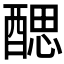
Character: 𨡾